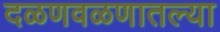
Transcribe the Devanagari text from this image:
दळणवळणातल्या